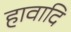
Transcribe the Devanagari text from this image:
हावादि